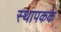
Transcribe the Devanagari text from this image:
स्थापकके